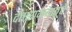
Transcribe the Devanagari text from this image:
दत्तारामबापूंचे